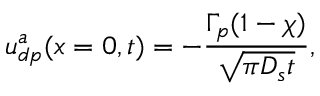
u _ { d p } ^ { a } ( x = 0 , t ) = - \frac { \Gamma _ { p } ( 1 - \chi ) } { \sqrt { \pi D _ { s } t } } ,